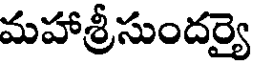
మహాశ్రీసుందర్యై